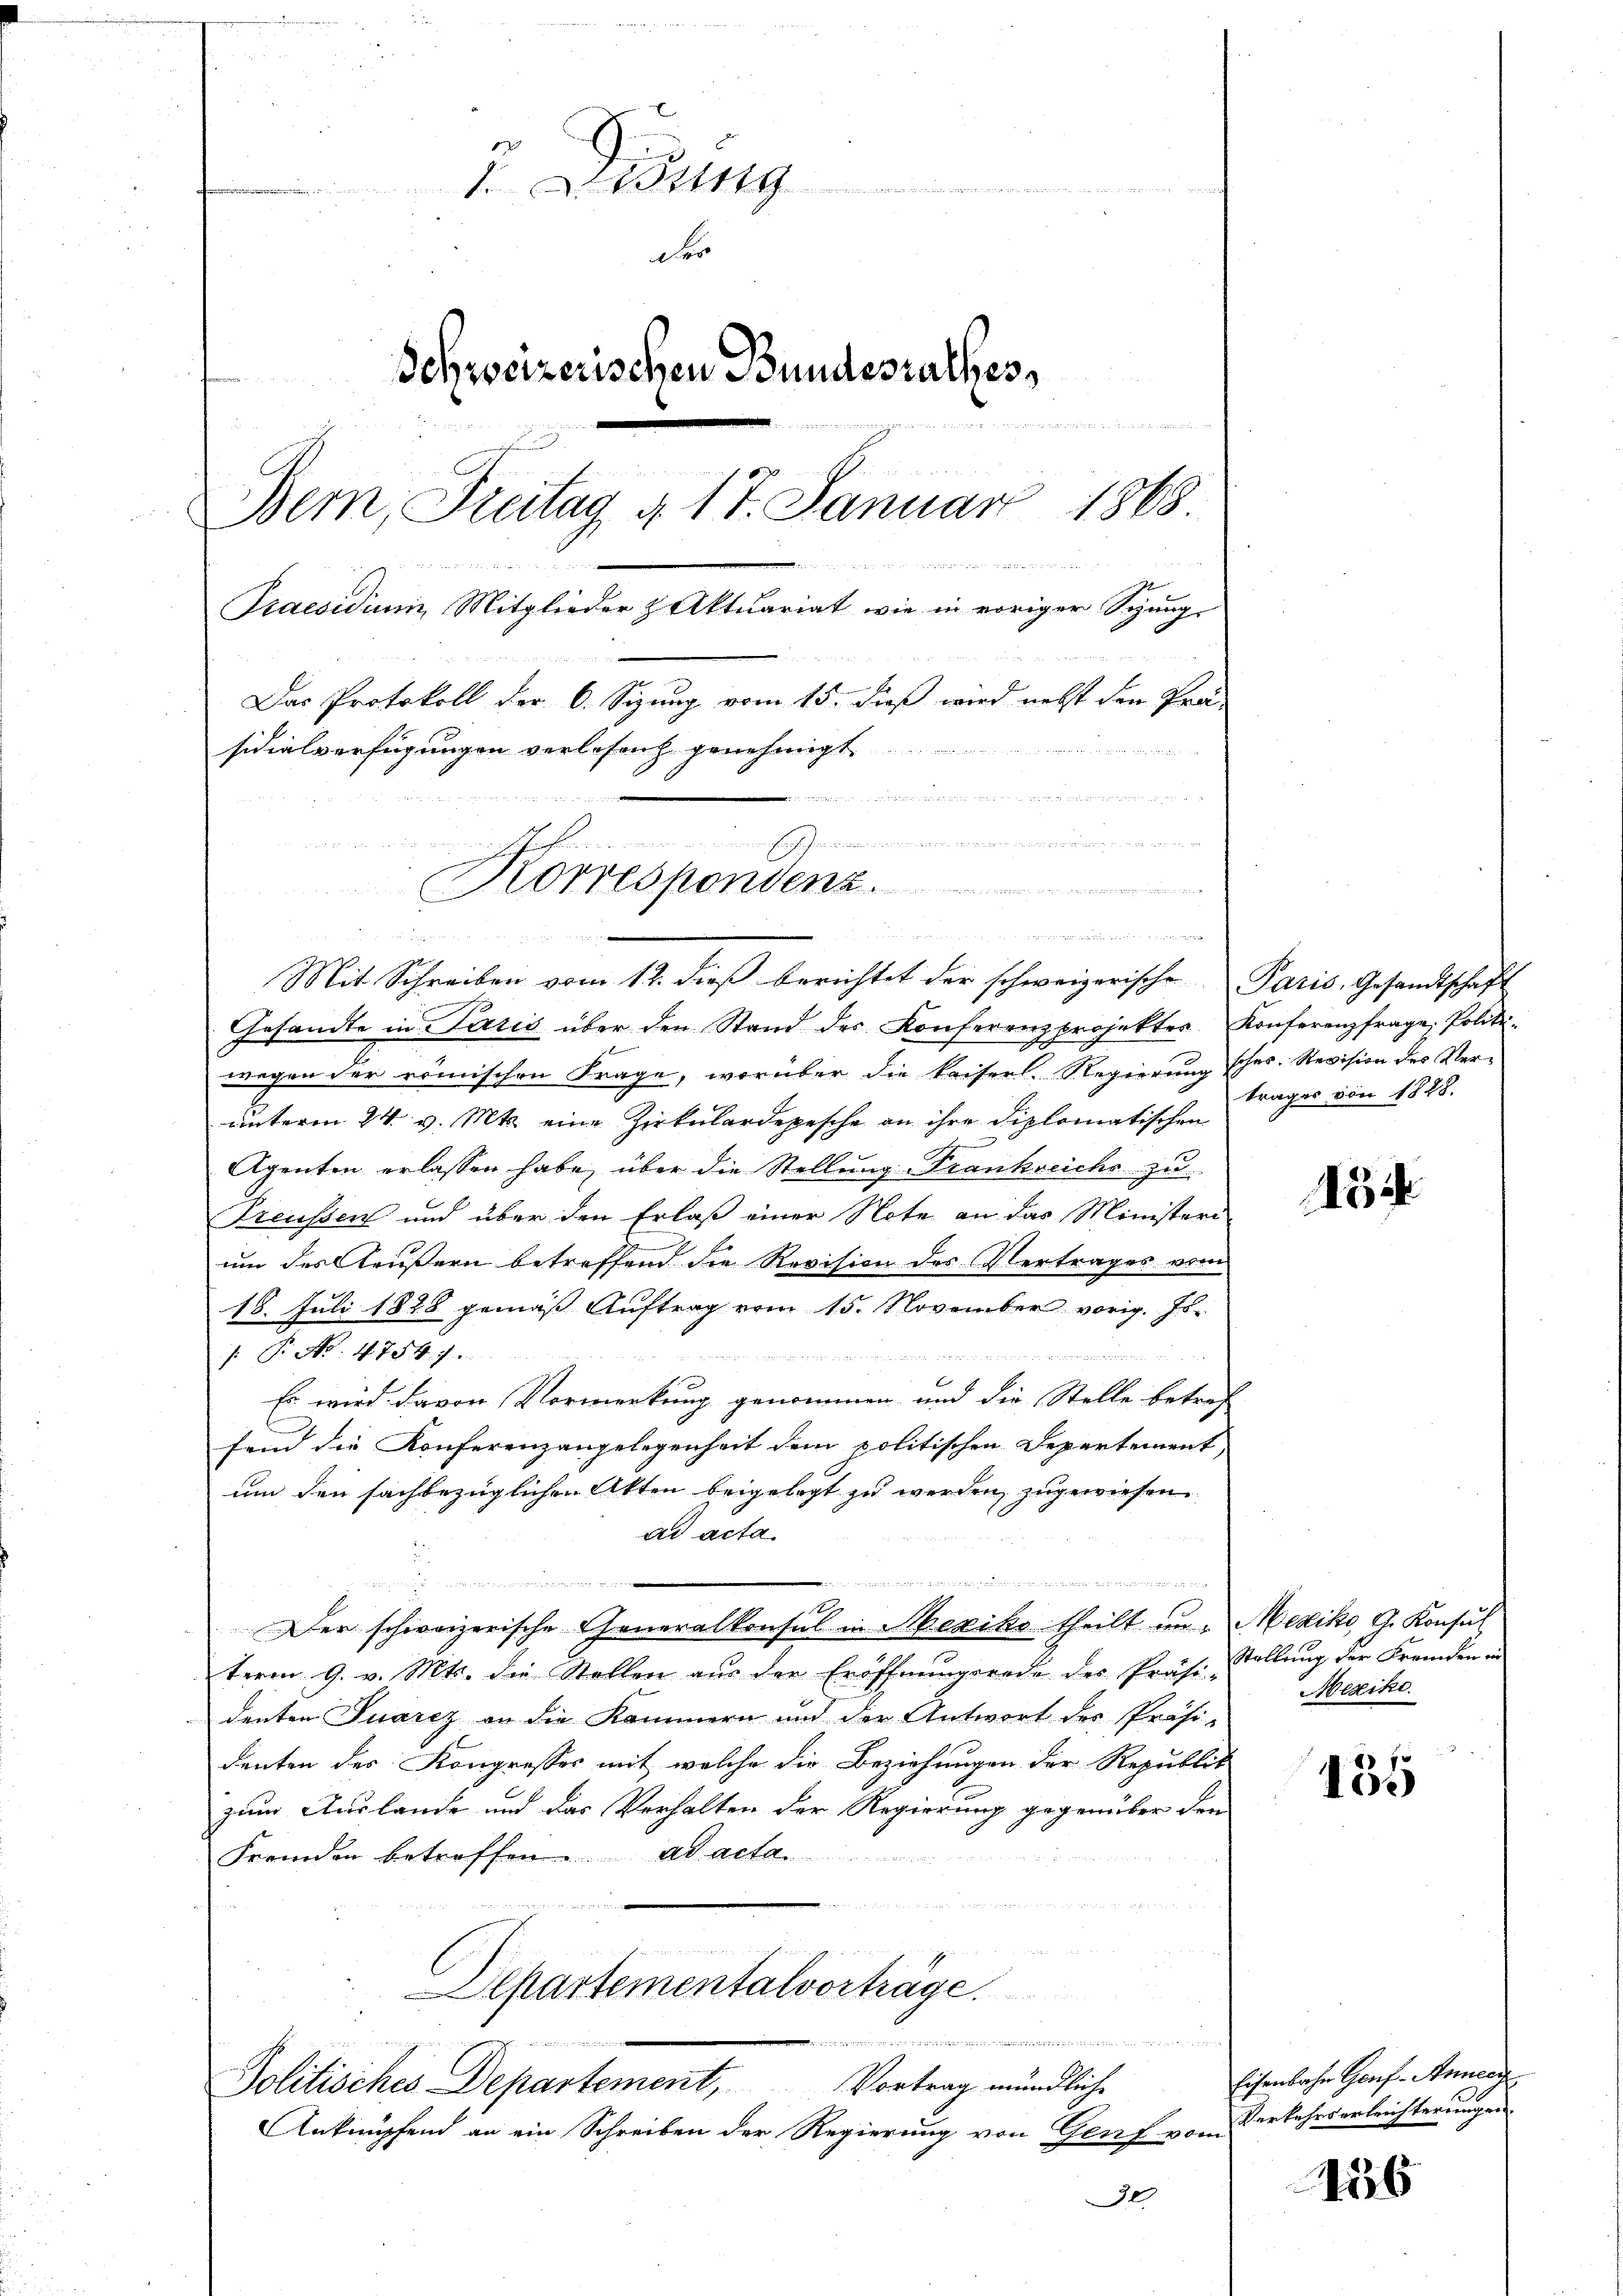
ich er erst ihr den Gelder
der
Schweizerischen Bundesrathes
 . . . 1849 dem Werden Bern des
Bern, Freitag a. 17. Januar 1868

verwend
Praesidium Mitglieder & Aktuariat wie in voriger Spung-
Das Protokoll der 6. Sizung vom 15. dieß wird nebst den Prä-
sidialverfügungen verlesenz genehmigt.
e ehe an der an das gegen
          war d. B. die Bedenen
Korrespondenz.

22 des Herren den

Mit Schreiben vom 12. dieβ berichtet der schweizerische Paris, Gesandtschaft
Gesandte in Paris über den Stand des Konferenzprojektes Konferenzfrage, Politi-
wegen der römischen Frage, worüber die kaiserl. Regierung schos. Revision des Verunterm 24. v. Mts. eine Zirkulardepesche an ihre diplomatischen
Agenten erlassen habe, über die Stellung Frankreiche zu
Preussen und über den Erlaß einer Note an das Ministeri
um des Aeußern betreffend die Revision des Vertrages vom
18. Juli 1828 gemäß Auftrag vom 15. November vorig. Js.
/. P. Nr. 4754. 7.
ggen, an die zu

Es wird davon Vormerkung genommen und die Stelle betref
fend die Konferenzangelegenheit dem politischen Departement,
um den sachbezüglichen Akten beigelegt zu werden, zugewiesen
ad acta.
u
 . . . . . . . . .
e
Der schweizerische Generalkonsul in Mexiko theilt in Mexiko, G. Konsul
term 9. v. Mts. die Stollen aŭs der Eröffnŭngsrede des Präs. Stellŭng der Fremden-
denten Juarez an die Kommern und der Antwort des Präsi-
denten des Kongresses mit welche die Beziehungen der Republik
zum Auslande und das Verhalten der Regierung gegenüber den
Fremden betreffen. ad acta

Fruch war i
Apartementalvortrage.
.

Politisches Departement, Vortrag mündliche
Anknüpfend an ein Schreiben der Regierung von Genf vom

trages von 1828.

154

Mexiko

135

Eisenbache Genf - Anneig
Verkehrserleichterungen.

156